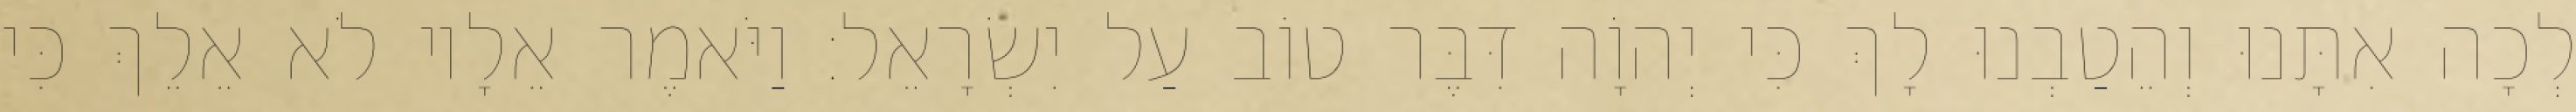
לְכָה אִתָּנוּ וְהֵטַבְנוּ לָךְ כִּי יְהוָֹה דִּבֶּר טוֹב עַל יִשְׂרָאֵל׃ וַיֹּאמֶר אֵלָיו לֹא אֵלֵךְ כִּי